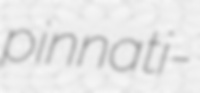
pinnati-